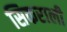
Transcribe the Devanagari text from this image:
सिकराली